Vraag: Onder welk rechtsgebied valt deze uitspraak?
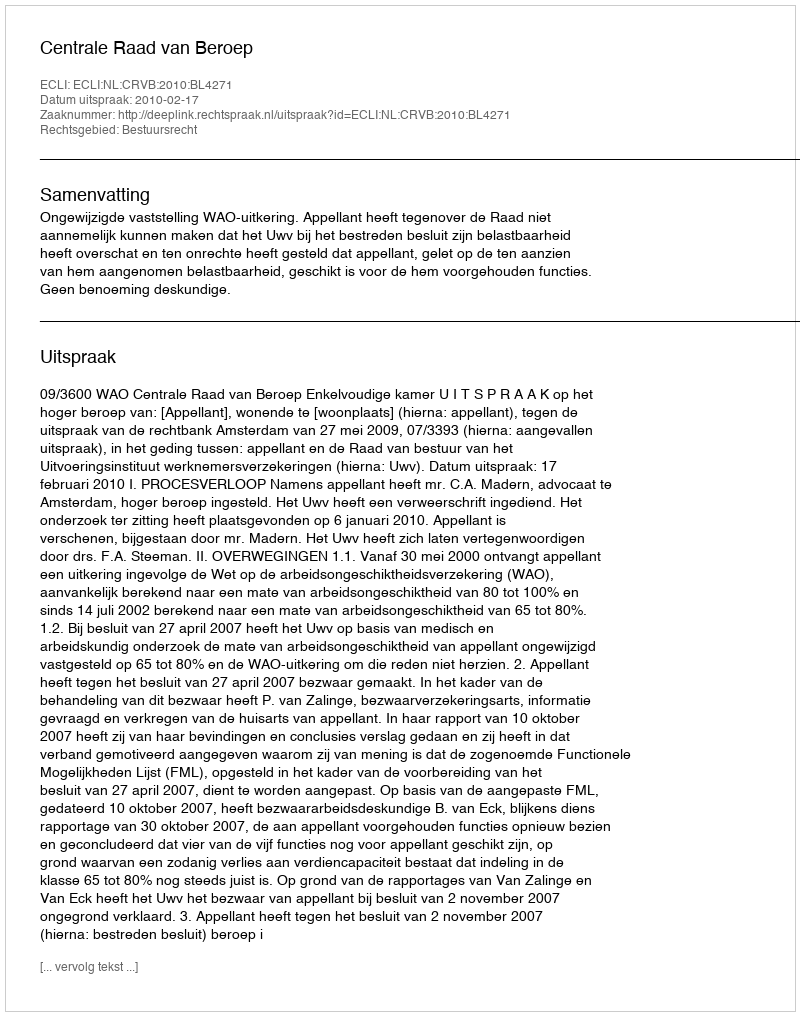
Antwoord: Bestuursrecht